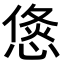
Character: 𭝶